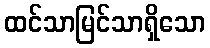
ထင်သာမြင်သာရှိသော